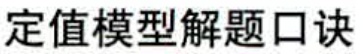
定值模型解题口诀